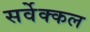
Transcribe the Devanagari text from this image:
सर्वेक्कल